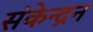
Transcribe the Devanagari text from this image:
संकेन्द्रन